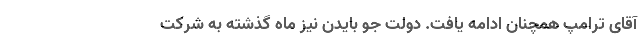
آقای ترامپ همچنان ادامه یافت. دولت جو بایدن نیز ماه گذشته به شرکت